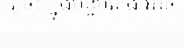
តូចៗក្នុងបន្ទប់គេង អាច